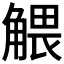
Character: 𧤖